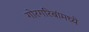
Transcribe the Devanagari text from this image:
गोरगरिबांमध्ये